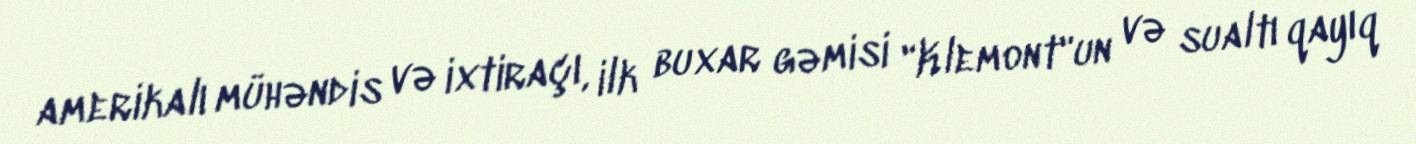
amerikalı mühəndis və ixtiraçı, ilk buxar gəmisi "Klemont"un və sualtı qayıq